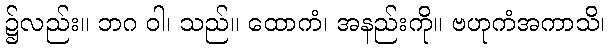
၌လည်း။ ဘဂ ဝါ၊ သည်။ ထောကံ၊ အနည်းကို။ ဗဟုကံအကာသိ၊